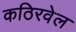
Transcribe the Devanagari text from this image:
कठिरवेल